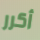
أكرر